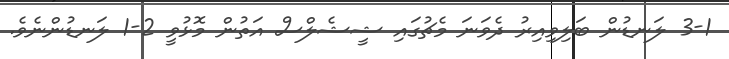
3-1 ލަނޑުން ބަލިވިއިރު ދެވަނަ މެޗުގައި ޝީޝެލްސް އަތުން މޮޅުވީ 2-1 ލަނޑުންނެވެ.